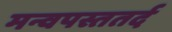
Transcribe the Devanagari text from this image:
मन्वपस्ततर्द